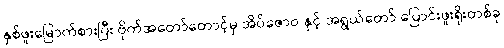
နှစ်ဖူးမြောက်စားပြီး ဗိုက်အတော်တောင့်မှ အိပ်ဇောဝ နှင့် အရွယ်တော် ပြောင်းဖူးရိုးတစ်ခု